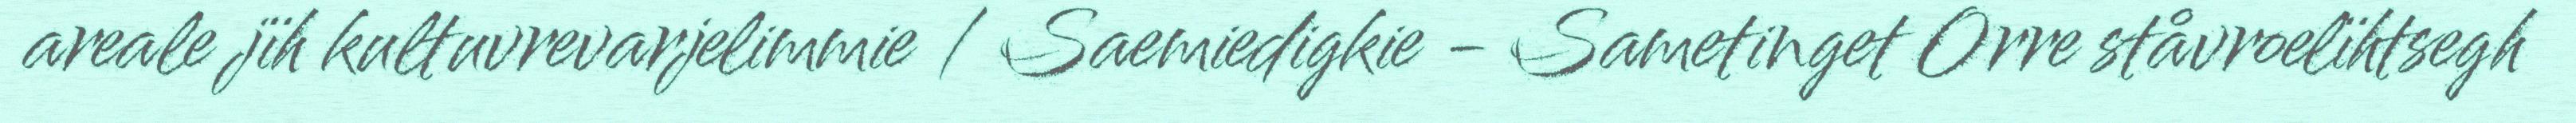
areale jïh kultuvrevarjelimmie / Saemiedigkie - Sametinget Orre ståvroelïhtsegh